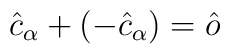
\hat{c}_{\alpha} + (-\hat{c}_{\alpha}) = \hat{o}